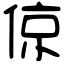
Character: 倞